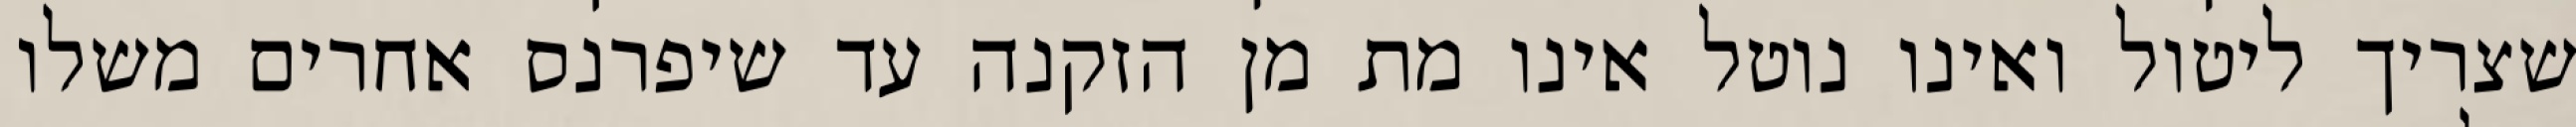
שצריך ליטול ואינו נוטל אינו מת מן הזקנה עד שיפרנס אחרים משלו